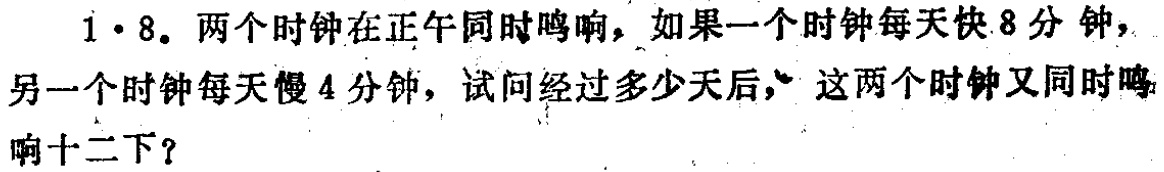
1·8。两个时钟在正午同时鸣响，如果一个时钟每天快8分钟，另一个时钟每天慢4分钟，试问经过多少天后，这两个时钟又同时鸣响十二下？